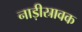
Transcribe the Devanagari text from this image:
नाड़ीस्रावक